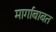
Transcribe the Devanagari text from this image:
मार्गाबाबत